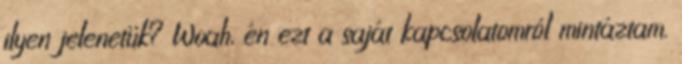
ilyen jelenetük? Woah, én ezt a saját kapcsolatomról mintáztam.